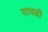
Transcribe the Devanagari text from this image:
यावळी